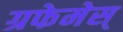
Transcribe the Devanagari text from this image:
ग्रफेमेस्